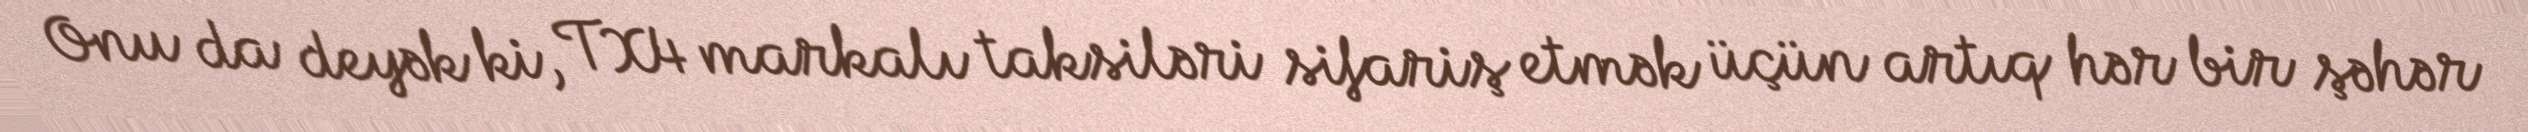
Onu da deyək ki, TX4 markalı taksiləri sifariş etmək üçün artıq hər bir şəhər